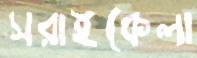
সরাইকেলা